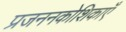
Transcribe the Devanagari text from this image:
प्रजननकोशिकाएँ